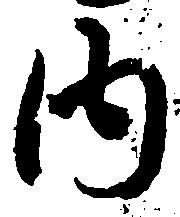
内